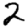
Digit: 2